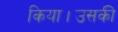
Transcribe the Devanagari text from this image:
किया।उसकी